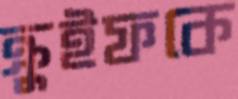
ক্রুইফকে